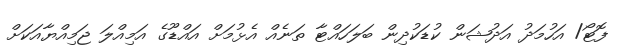
ފޮޓޯ/ އަހުމަދު އަދުޝަން ކުޑަކުދިން ބަލަހައްޓާ ތަނެއް އެޅުމަށް އައްޑޫގެ އަމިއްލަ ޖަމިއްޔާއަކަށް